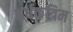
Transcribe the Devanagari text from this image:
अर्धकृत्रिम